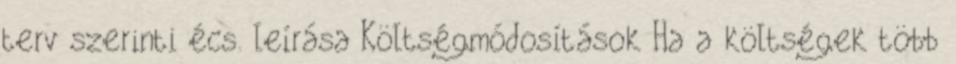
terv szerinti écs. leírása Költségmódosítások Ha a költségek több